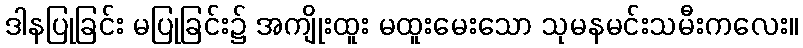
ဒါနပြုခြင်း မပြုခြင်း၌ အကျိုးထူး မထူးမေးသော သုမနမင်းသမီးကလေး။